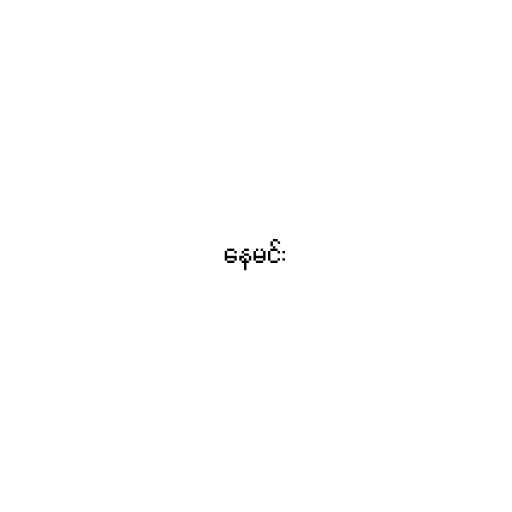
နေမင်း